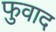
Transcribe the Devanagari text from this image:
फुवाद